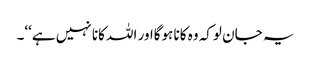
یہ جان لوکہ وہ کانا ہوگااور اللہ کانا نہیں ہے‘‘۔